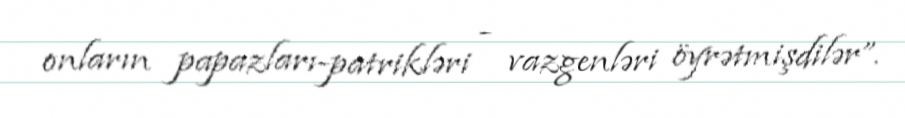
onların papazları-patrikləri - vazgenləri öyrətmişdilər”.